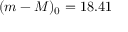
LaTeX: ( m - M ) _ { 0 } = 1 8 . 4 1